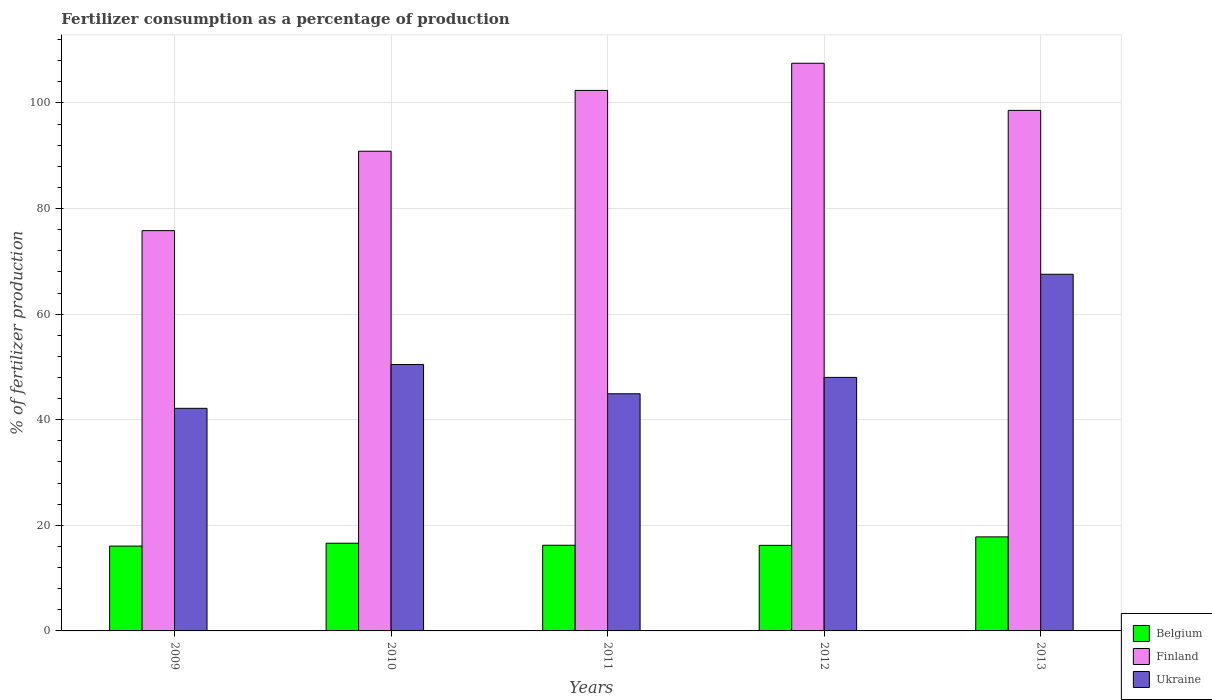
| Years | Belgium | Finland | Ukraine |
 | --- | --- | --- | --- |
 | 2009 | 16.1 | 75.8 | 42.2 |
 | 2010 | 16.6 | 90.9 | 50.5 |
 | 2011 | 16.2 | 102 | 44.9 |
 | 2012 | 16.2 | 108 | 48 |
 | 2013 | 17.8 | 98.6 | 67.6 |